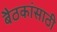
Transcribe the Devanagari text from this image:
बैठकांसाठी